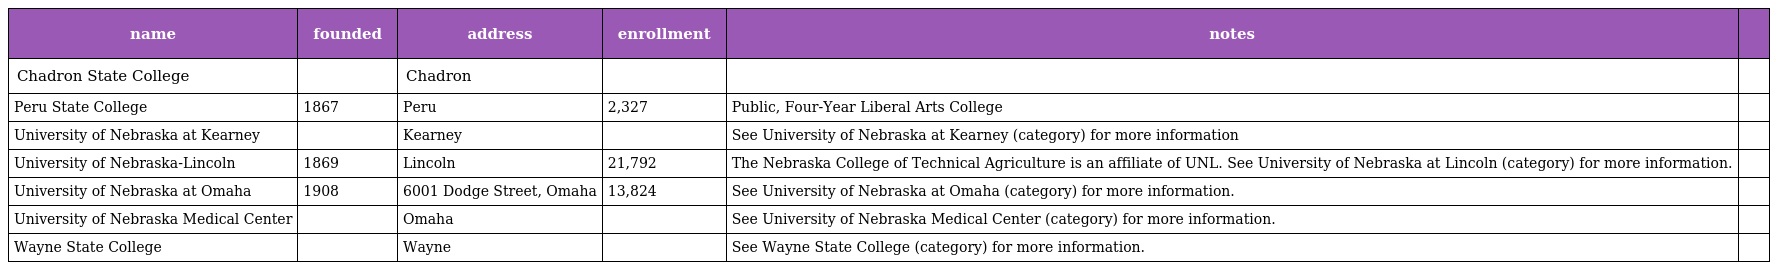
| name | founded | address | enrollment | notes |  |
 | --- | --- | --- | --- | --- | --- |
 | Chadron State College |  | Chadron |  |  |  |
 | Peru State College | 1867 | Peru | 2,327 | Public, Four-Year Liberal Arts College |  |
 | University of Nebraska at Kearney |  | Kearney |  | See University of Nebraska at Kearney (category) for more information |  |
 | University of Nebraska-Lincoln | 1869 | Lincoln | 21,792 | The Nebraska College of Technical Agriculture is an affiliate of UNL. See University of Nebraska at Lincoln (category) for more information. |  |
 | University of Nebraska at Omaha | 1908 | 6001 Dodge Street, Omaha | 13,824 | See University of Nebraska at Omaha (category) for more information. |  |
 | University of Nebraska Medical Center |  | Omaha |  | See University of Nebraska Medical Center (category) for more information. |  |
 | Wayne State College |  | Wayne |  | See Wayne State College (category) for more information. |  |